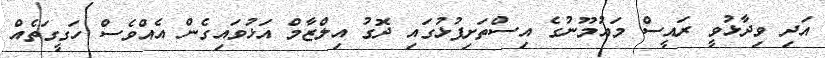
އަދި ވިދާޅުވީ ރައީސް މައުމޫނުގެ އިސްތަށިފުޅުގައި ދޮގު އިލްޒާމް އަޅުވައިގެން އެއްވެސް ހަގީގަތެއް